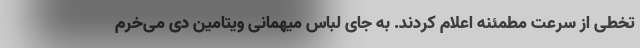
تخطی از سرعت مطمئنه اعلام کردند. به جای لباس میهمانی ویتامین دی می‌خرم